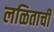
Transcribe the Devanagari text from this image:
लळिताची